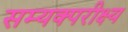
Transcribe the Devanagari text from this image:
सम्यक्परीक्ष्य